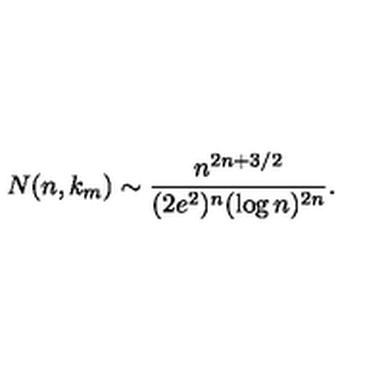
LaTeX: N ( n , k _ { m } ) \sim \frac { n ^ { 2 n + 3 / 2 } } { ( 2 e ^ { 2 } ) ^ { n } ( \log n ) ^ { 2 n } } .